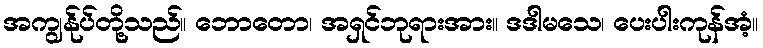
အကျွန်ုပ်တို့သည်။ ဘောတော၊ အရှင်ဘုရားအား။ ဒဒါမသေ၊ ပေးပါးကုန်အံ့။